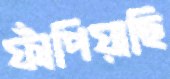
ফাঁপিয়াছি